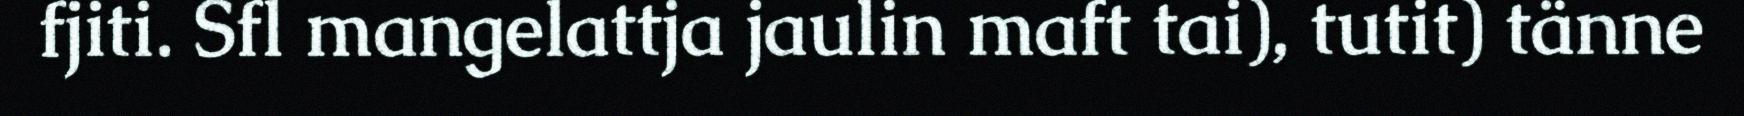
fjiti. Sfl mangelattja jaulin maft tai), tutit) tänne